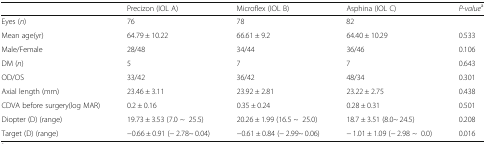
|  | Precizon (IOL A) | Microflex (IOL B) | Asphina (IOL C) | P-valuea |
 | --- | --- | --- | --- | --- |
 | Eyes (n) | 76 | 78 | 82 |  |
 | Mean age(yr) | 64.79 ± 10.22 | 66.61 ± 9.2 | 64.40 ± 10.29 | 0.533 |
 | Male/Female | 28/48 | 34/44 | 36/46 | 0.106 |
 | DM (n) | 5 | 7 | 7 | 0.643 |
 | OD/OS | 33/42 | 36/42 | 48/34 | 0.301 |
 | Axial length (mm) | 23.46 ± 3.11 | 23.92 ± 2.81 | 23.22 ± 2.75 | 0.438 |
 | CDVA before surgery(log MAR) | 0.2 ± 0.16 | 0.35 ± 0.24 | 0.28 ± 0.31 | 0.501 |
 | Diopter (D) (range) | 19.73 ± 3.53 (7.0 ~25.5) | 20.26 ± 1.99 (16.5 ~25.0) | 18.7 ± 3.51 (8.0~ 24.5) | 0.208 |
 | Target (D) (range) | −0.66 ± 0.91 (− 2.78~ 0.04) | −0.61 ± 0.84 (− 2.99~ 0.06) | − 1.01 ± 1.09 (− 2.98 ~0.0) | 0.016 |